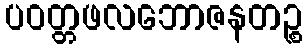
ပဝတ္တဖလဘောဇနတဉ္စ